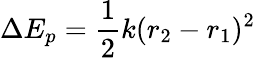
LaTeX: \Delta E_{p}={\frac{1}{2}}k(r_{2}-r_{1})^{2}